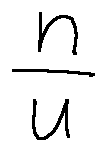
\frac { n } { u }